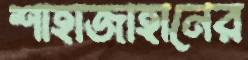
শাহাজাহানের